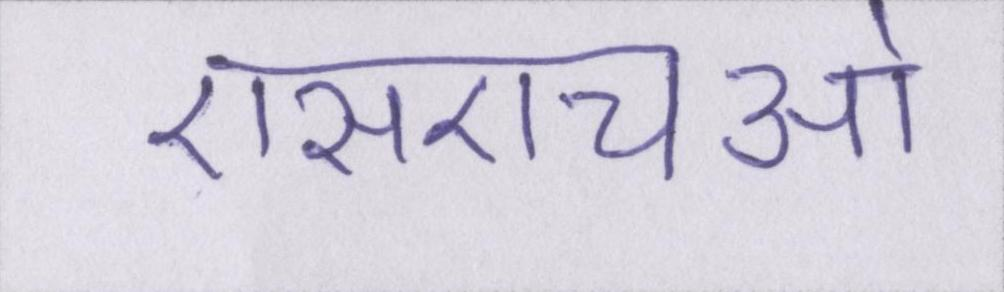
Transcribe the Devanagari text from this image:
एसएचओ